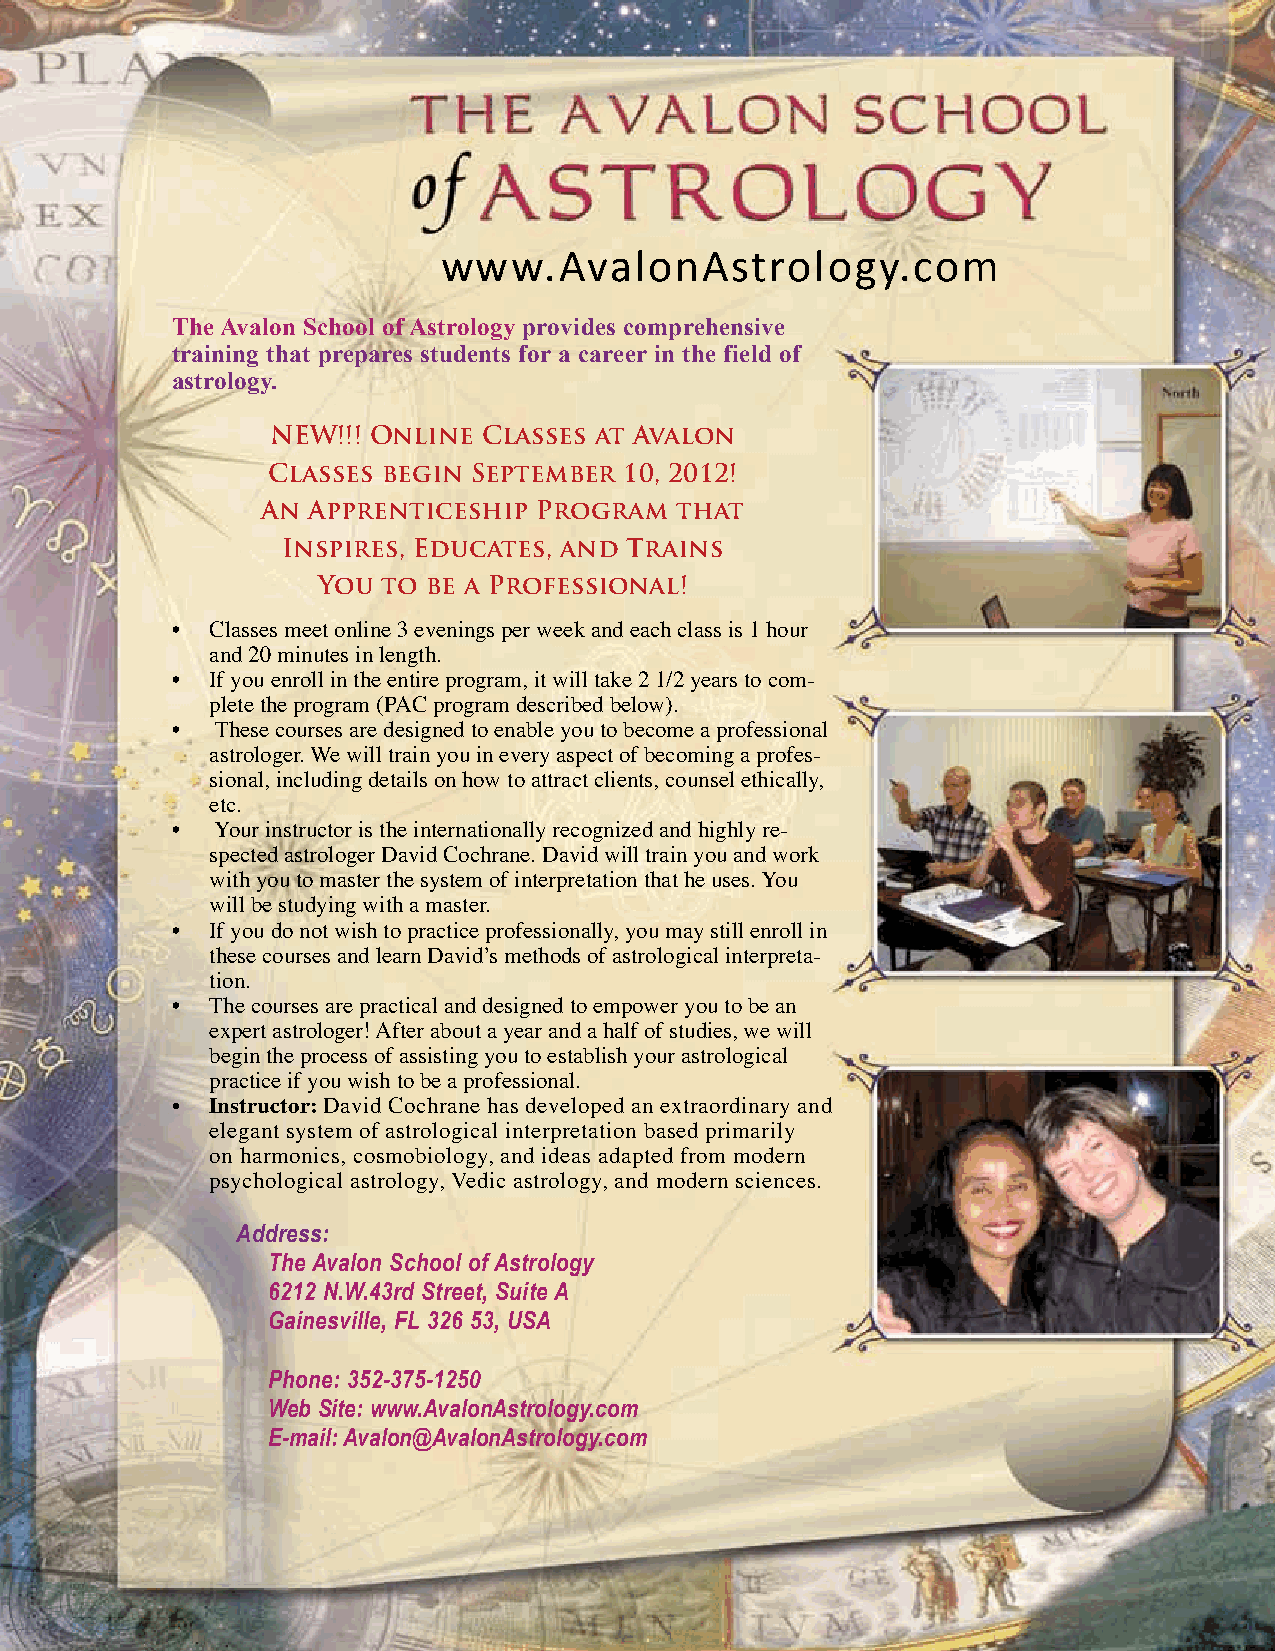
www.AvalonAstrology.com
 The Avalon School of Astrology provides comprehensive
 training that prepares students for a career in the field of
 astrology.
 neW!!! online classes at Avalon
 classes begin September 10, 2012!
 An Apprenticeship program   that
 Inspires, educates, and trains
 You to be a professional!
 •  Classes meet online 3 evenings per week and each class is 1 hour
 and 20 minutes in length.
 •  If you enroll in the entire program, it will take 2 1/2 years to com-
 plete the program (PAC program described below).
 •  These courses are designed to enable you to become a professional
 astrologer. We will train you in every aspect of becoming a profes-
 sional, including details on how to attract clients, counsel ethically,
 etc.
 •  Your instructor is the internationally recognized and highly re-
 spected astrologer David Cochrane. David will train you and work
 with you to master the system of interpretation that he uses. You
 will be studying with a master.
 •  If you do not wish to practice professionally, you may still enroll in
 these courses and learn David’s methods of astrological interpreta-
 tion.
 •  The courses are practical and designed to empower you to be an
 expert astrologer! After about a year and a half of studies, we will
 begin the process of assisting you to establish your astrological
 practice if you wish to be a professional.
 •  Instructor: David Cochrane has developed an extraordinary and
 elegant system of astrological interpretation based primarily
 on harmonics, cosmobiology, and ideas adapted from modern
 psychological astrology, Vedic astrology, and modern sciences.
 Address:
 The Avalon School of Astrology
 6212 N.W.43rd Street, Suite A
 Gainesville, FL 326 53, USA
 Phone: 352-375-1250
 Web Site: www.AvalonAstrology.com
 E-mail: Avalon@AvalonAstrology.com